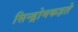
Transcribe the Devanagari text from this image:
सिन्ड्रोमकहते